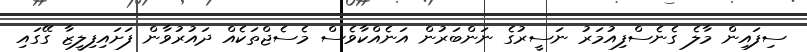
ސިފައިން މާލެ ގެނެސްފިއުމަރު ނަސީރުގެ ނަންބަރުން އަނެއްކާވެސް މެސެޖްތަކެއް ދައުރުވާން ފަށައިފިލީޒާ ގޭގައި